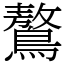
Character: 鷔